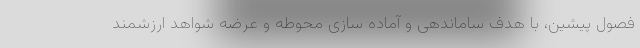
فصول پیشین، با هدف ساماندهی و آماده سازی محوطه و عرضه شواهد ارزشمند